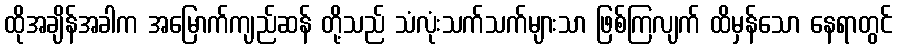
ထိုအချိန်အခါက အမြောက်ကျည်ဆန် တို့သည် သံလုံးသက်သက်များသာ ဖြစ်ကြလျက် ထိမှန်သော နေရာတွင်